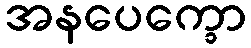
အနပေက္ခော